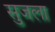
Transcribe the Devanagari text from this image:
सुजला